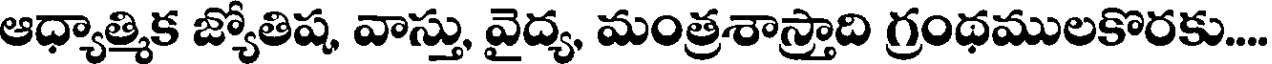
ఆధ్యాత్మిక జ్యోతిష, వాస్తు, వైద్య, మంత్రశాస్త్రాది గ్రంథములకొరకు....